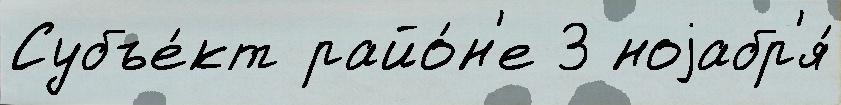
Субъе́кт райо́н'е 3 ноjабр'я́